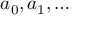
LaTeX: a _ { 0 } , a _ { 1 } , \dots